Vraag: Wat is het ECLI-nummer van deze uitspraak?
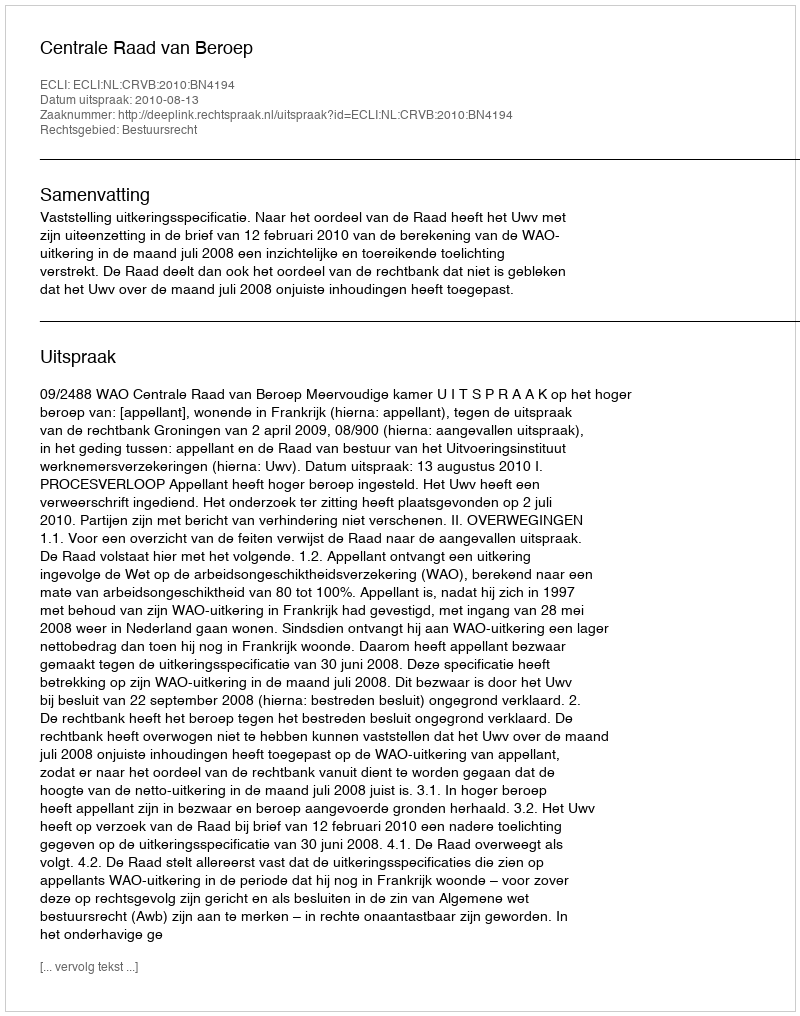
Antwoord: ECLI:NL:CRVB:2010:BN4194